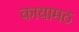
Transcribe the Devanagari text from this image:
कायामठ